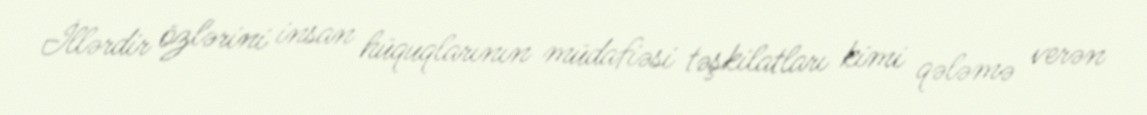
İllərdir özlərini insan hüquqlarının müdafiəsi təşkilatları kimi qələmə verən